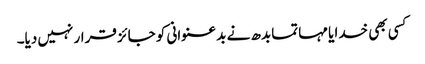
کسی بھی خدا یا مہاتما بدھ نے بد عنوانی کو جائز قرار نہیں دیا۔